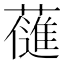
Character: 𮒊